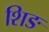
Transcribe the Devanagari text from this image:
शिङ